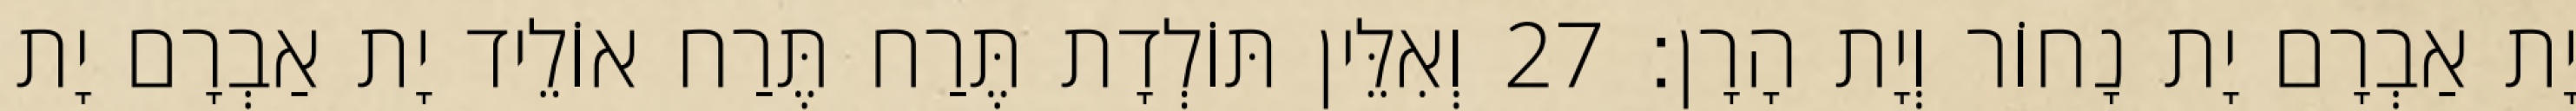
יָת אַבְרָם יָת נָחוֹר וְיָת הָרָן׃ 27 וְאִלֵּין תּוֹלְדָת תֶּרַח תֶּרַח אוֹלֵיד יָת אַבְרָם יָת